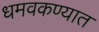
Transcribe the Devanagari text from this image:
धमवकण्यात